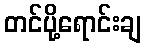
တင်ပို့ရောင်းချ